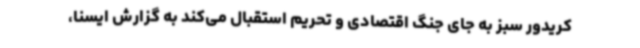
کریدور سبز به جای جنگ اقتصادی و تحریم استقبال می‌کند به گزارش ایسنا،